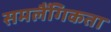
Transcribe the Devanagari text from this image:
समलैँगिकता